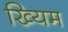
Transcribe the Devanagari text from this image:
ख्यिम